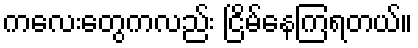
ကလေးတွေကလည်း ငြိမ်နေကြရတယ်။